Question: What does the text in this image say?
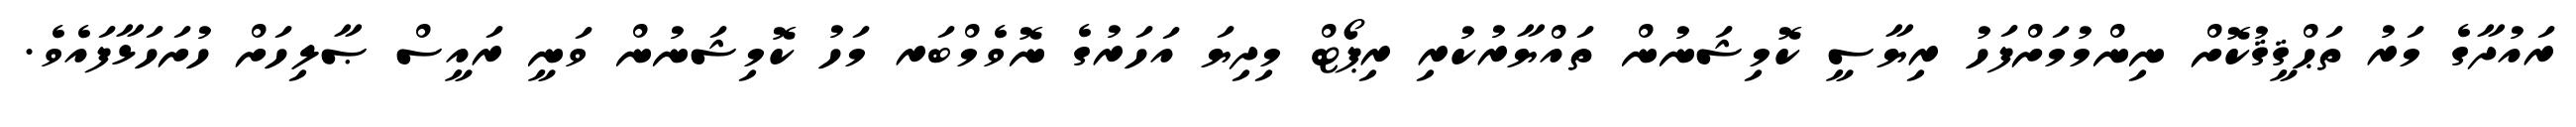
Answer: ރައުދާގެ މަރު ތަޙްޤީޤުކޮށް ނިންމުމަށްފަހު ރިޔާސީ ކޮމިޝަނުން ތައްޔާރުކުރި ރިޕޯޓް މިދިޔަ އަހަރުގެ ނޮވެމްބަރ މަހު ކޮމިޝަނުން ވަނީ ރައީސް ޞާލިހަށް ހުށަހަޅާފައެވެ.